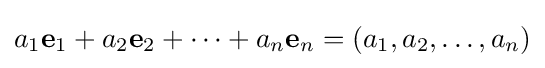
a_{1}\mathbf {e} _{1}+a_{2}\mathbf {e} _{2}+\cdots +a_{n}\mathbf {e} _{n}=\left(a_{1},a_{2},\ldots ,a_{n}\right)